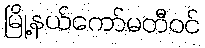
မြို့နယ်ကော်မတီဝင်